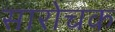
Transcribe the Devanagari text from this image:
सारोचक